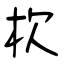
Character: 杴